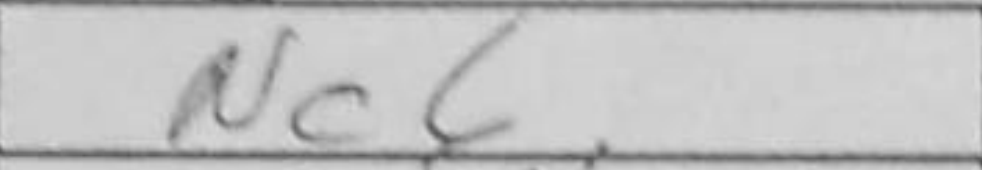
Transcription: Nc6